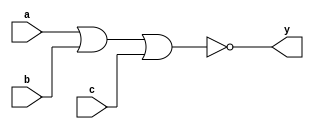
module sn74ls27(y, a, b, c);
input a, b, c;
output y;
parameter
	// TI TTL data book Vol 1, 1985
	tPLH_min=0, tPLH_typ=10, tPLH_max=15,
	tPHL_min=0, tPHL_typ=10, tPHL_max=15;

	nor #(tPLH_min : tPLH_typ : tPLH_max,
	  tPHL_min : tPHL_typ : tPHL_max)
	(y, a, b, c);

endmodule